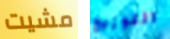
مشيت التوزيع